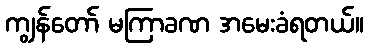
ကျွန်တော် မကြာခဏ အမေးခံရတယ်။